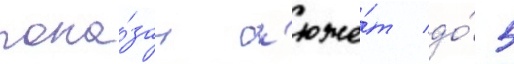
пока́зан с'юже́т до́ 5